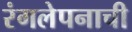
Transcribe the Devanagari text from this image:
रंगलेपनाची